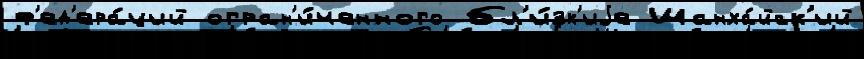
ф'ед'ера́ций огран'и́ченного бл'и́зк'иjе Шанха́йск'ий